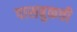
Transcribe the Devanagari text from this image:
पासबुकची